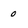
Character: o